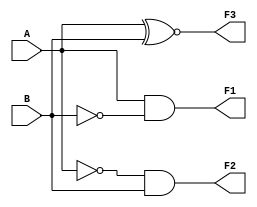
/*************single bit comparator or Sense amplifier
Where A=Bit line 
	  B=~Bit line 
	  F1=A>B-->Read 1 operation
	  F2=A<B-->Read 0 operation
	  F3=A=B-->Both bit & ~bit line have same value which is invalid 
******************/
module sense_amp(A,B,F1,F2,F3);
input A,B;
output F1,F2,F3;
assign F1=A&~B; //read 1 operation
assign F2=~A&B; //read 0 operation
assign F3=A~^B;
endmodule